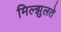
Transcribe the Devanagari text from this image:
मिल्झुलते